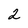
Character: 2